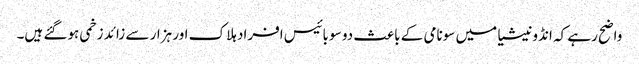
واضح رہے کہ انڈونیشیا میں سونامی کے باعث دو سو بائیس افراد ہلاک اور ہزار سے زائد زخمی ہوگئے ہیں۔